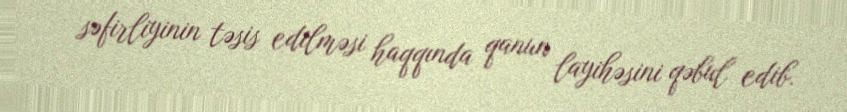
səfirliyinin təsis edilməsi haqqında qanun layihəsini qəbul edib.